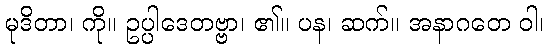
မုဒိတာ၊ ကို။ ဥပ္ပါဒေတဗ္ဗာ၊ ၏။ ပန၊ ဆက်။ အနာဂတေ ဝါ၊